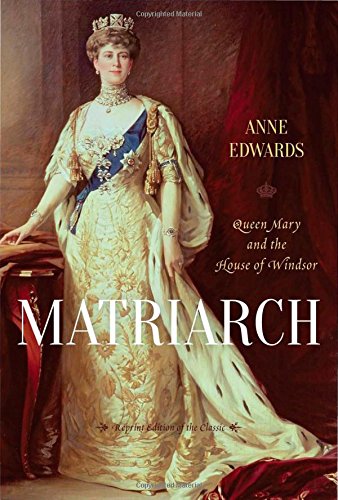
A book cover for Matriarch: Queen Mary and the House of Windsor; Anne Edwards; Biographies & Memoirs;